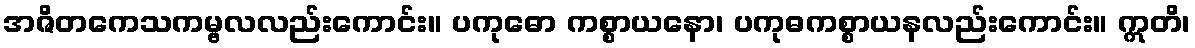
အဇိတကေသကမ္ဗလလည်းကောင်း။ ပကုဓော ကစ္စာယနော၊ ပကုဓကစ္စာယနလည်းကောင်း။ ဣတိ၊